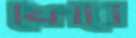
ফোবে